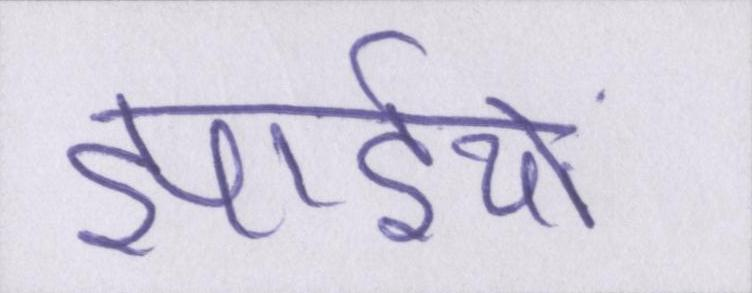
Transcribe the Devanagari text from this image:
झाईयों